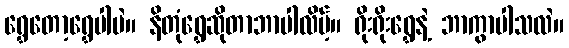
ရွှေတော့ရွှေပါပဲ။ နိတုံရွှေဆိုတာဘာပါလိမ့်။ ရိုးရိုးရွှေနဲ့ ဘာကွာပါသလဲ။